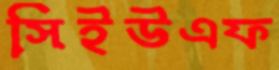
সিইউএফ